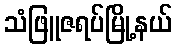
သံဖြူဇရပ်မြို့နယ်